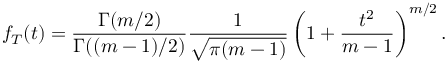
f _ { T } ( t ) = { \frac { \Gamma ( m / 2 ) } { \Gamma ( ( m - 1 ) / 2 ) } } { \frac { 1 } { \sqrt { \pi ( m - 1 ) } } } \left( 1 + { \frac { t ^ { 2 } } { m - 1 } } \right) ^ { m / 2 } .